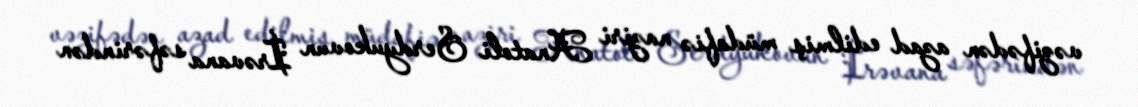
vəzifədən azad edilmiş müdafiə naziri Anatoli Serdyukovun İrəvana səfərindən